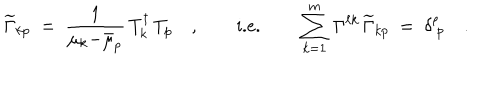
\widetilde { \Gamma } _ { k p } \ = \ \frac { 1 } { \mu _ { k } { - } \bar { \mu } _ { p } } \, T _ { k } ^ { \dagger } \, T _ { p } \quad , \qquad \textrm { i . e . } \qquad \sum _ { k = 1 } ^ { m } \, \Gamma ^ { \ell k } \, \widetilde { \Gamma } _ { k p } \ = \ \delta _ { \ p } ^ { \ell } \quad .